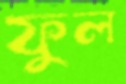
ফুল